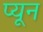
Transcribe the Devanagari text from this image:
प्यून